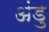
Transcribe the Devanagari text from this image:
अंडु